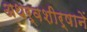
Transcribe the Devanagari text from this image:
अथर्वशीर्षानें